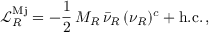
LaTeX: \mathcal { L } _ { R } ^ { \mathrm { M j } } = - \frac { 1 } { 2 } \, M _ { R } \, \bar { \nu } _ { R } \, ( \nu _ { R } ) ^ { c } + \mathrm { h . c . } \, ,